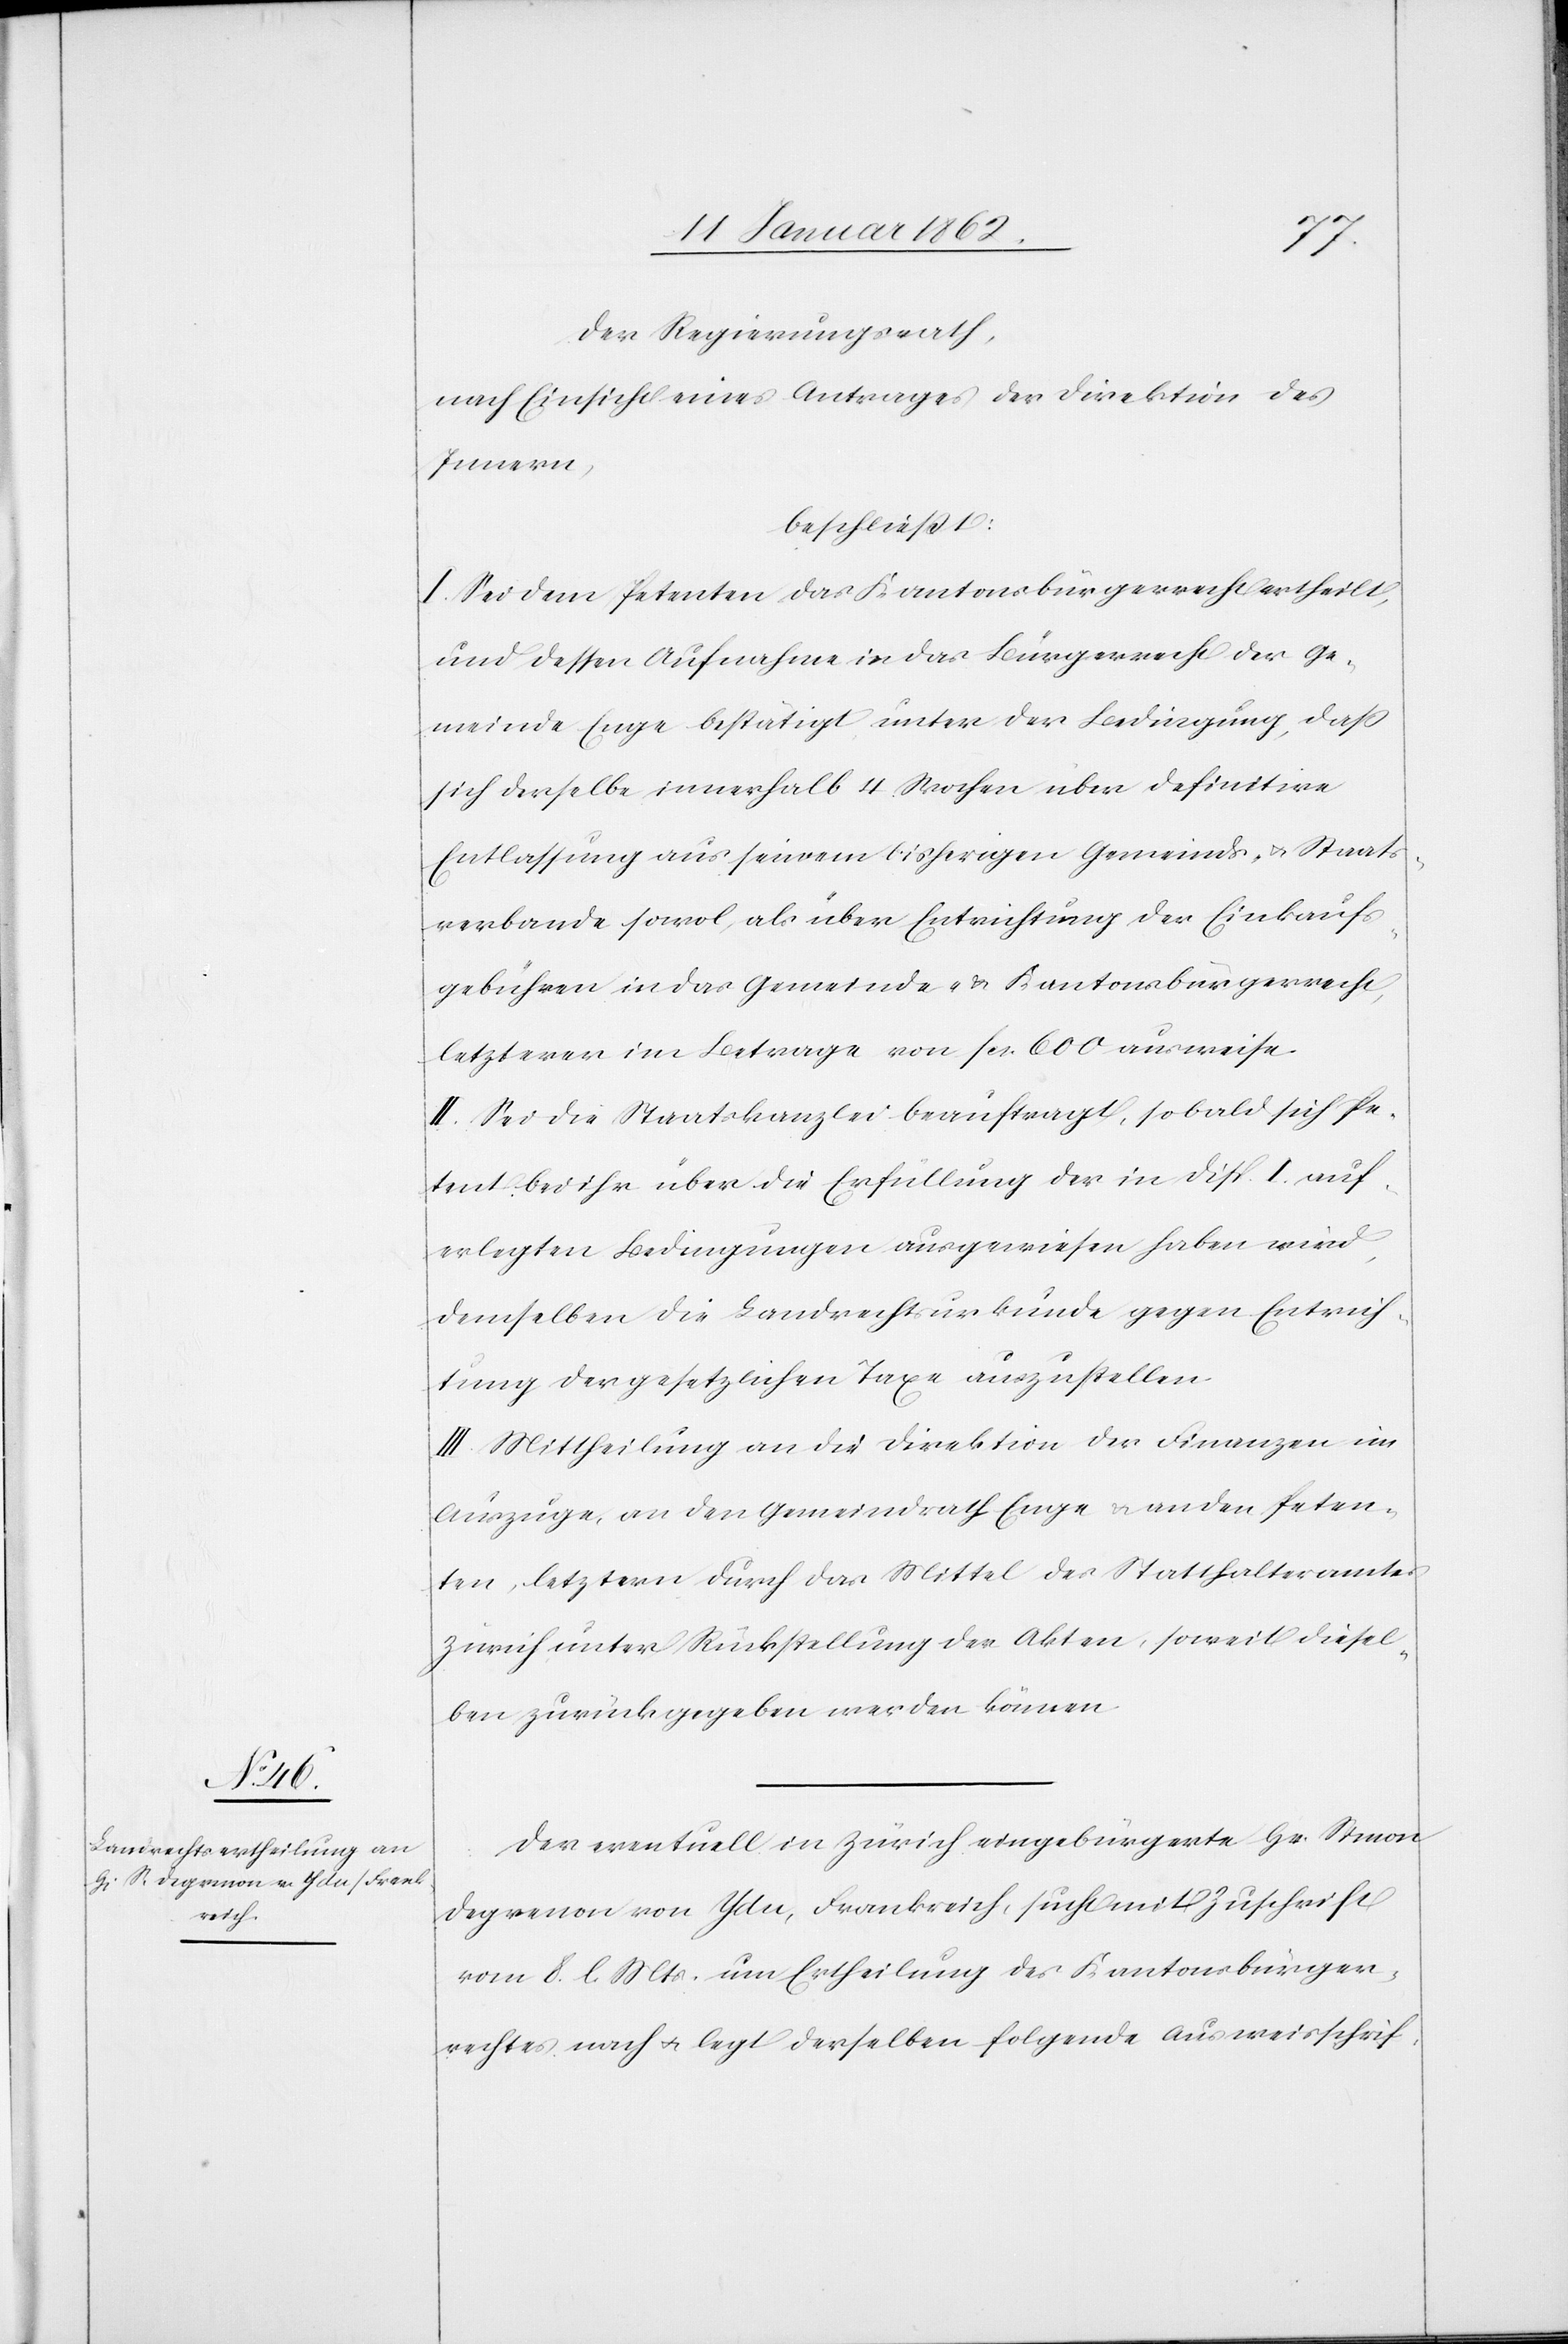
Der Regierungsrath,
nach Einsicht eines Antrages der Direktion des
Innern,
beschließt:
I. Sei dem Petenten das Kantonsbürgerrecht ertheilt,
und dessen Aufnahme in das Bürgerrecht der Ge¬
meinde Enge bestätigt unter der Bedingung, daß
sich derselbe innerhalb 4 Wochen über definitive
Entlassung aus seinem bisherigen Gemeinds- u. Staats¬
verbande sowol als über Entrichtung der Einkaufs¬
gebühren in das Gemeinde- u. Kantonsbürgerrecht,
letzterer im Betrage von fcs. 600 ausweise.
II. Sei die Staatskanzlei beauftragt, so bald sich Pe¬
tent bei ihr über die Erfüllung der in Disp. I. auf¬
erlegten Bedingungen ausgewiesen haben wird,
demselben die Landrechtsurkunde gegen Entrich¬
tung der gesetzlichen Taxe auszustellen.
III. Mittheilung an die Direktion der Finanzen im
Auszuge, an den Gemeindrath Enge u. an den Peten¬
ten, letztern durch das Mittel des Statthalteramtes
Zürich unter Rückstellung der Akten, soweit diesel¬
ben zurückgegeben werden können.
Der eventuell in Zürich eingebürgerte Hr. Simon
Degrenon von Ydu, Frankreich, sucht mit Zuschrift
vom 8. l. Mts. um Ertheilung des Kantonsbürger¬
rechtes nach u. legt derselben folgende Ausweisschrif-